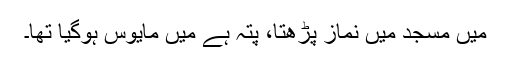
میں مسجد میں نماز پڑھتا، پتہ ہے میں مایوس ہوگیا تھا۔